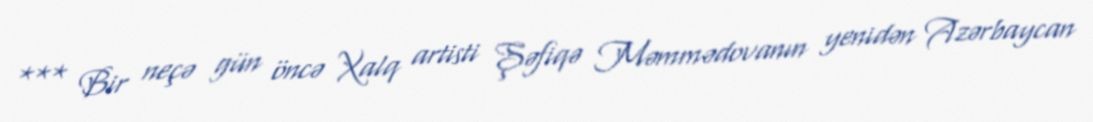
*** Bir neçə gün öncə Xalq artisti Şəfiqə Məmmədovanın yenidən Azərbaycan